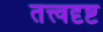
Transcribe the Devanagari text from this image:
तत्त्वदृष्ट